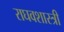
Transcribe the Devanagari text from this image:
राघवशास्त्री